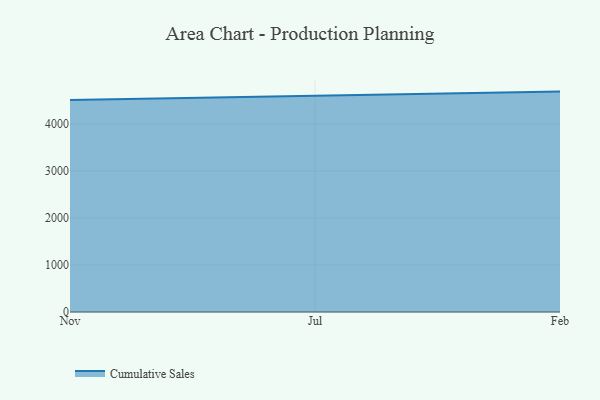
{"axis": {"x": "Month", "y": "Website Visitors"}, "legend": ["Cumulative Sales"], "data": [{"x": "Nov", "y": 4512.0, "type": "Cumulative Sales"}, {"x": "Jul", "y": 4601.1, "type": "Cumulative Sales"}, {"x": "Feb", "y": 4691.0, "type": "Cumulative Sales"}]}